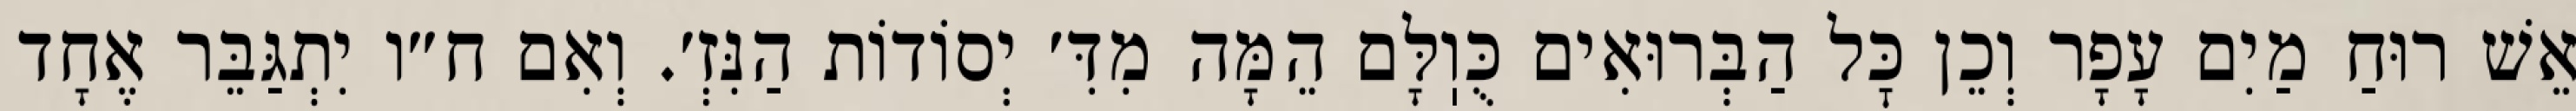
אֵשׁ רוּחַ מַיִם עָפָר וְכֵן כׇּל הַבְּרוּאִים כֻּוֽלָּם הֵמָּה מִדִּ׳ יְסוֹדוֹת הַנִּזְ׳. וְאִם ח״ו יִתְגַּבֵּר אֶחָד